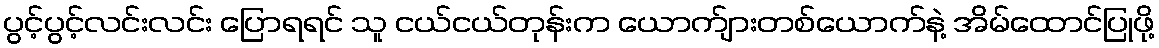
ပွင့်ပွင့်လင်းလင်း ပြောရရင် သူ ငယ်ငယ်တုန်းက ယောက်ျားတစ်ယောက်နဲ့ အိမ်ထောင်ပြုဖို့